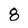
Character: 8